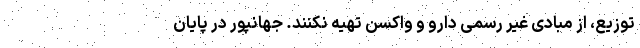
توزیع، از مبادی غیر رسمی دارو و واکسن تهیه نکنند. جهانپور در پایان